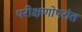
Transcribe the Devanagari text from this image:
परीक्षणोपरांत